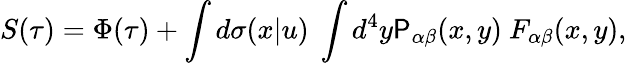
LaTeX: S(\tau)=\Phi(\tau)+\int d\sigma(x|u)\ \int d^{4}y\P_{\alpha\beta}(x,y)\ F_{\alpha\beta}(x,y),